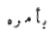
بأمره